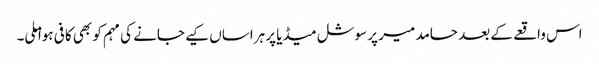
اس واقعے کے بعد حامد میر پر سوشل میڈیا پر ہراساں کیے جانے کی مہم کو بھی کافی ہوا ملی۔